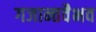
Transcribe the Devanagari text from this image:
गजान्तवैभव